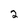
Character: 2